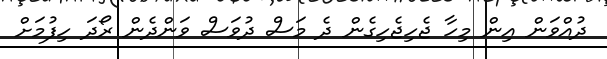
ދުއްވަން އިން މިހާ ޖެހިޖެހިގެން ދެ މަސް ދުވަސް ވަންދެން ރޯދަ ހިފުމަށް